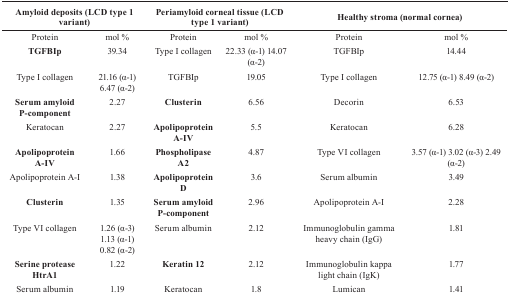
| <COLSPAN=2> Amyloid deposits (LCD type 1 variant) | <COLSPAN=2> Periamyloid corneal tissue (LCD type 1 variant) | <COLSPAN=2> Healthy stroma (normal cornea) |
 | --- | --- | --- | --- | --- | --- |
 | Protein | mol % | Protein | mol % | Protein | mol % |
 | TGFBIp | 39.34 | Type I collagen | 22.33 (α-1) 14.07 (α-2) | TGFBIp | 14.44 |
 | Type I collagen | 21.16 (α-1) 6.47 (α-2) | TGFBIp | 19.05 | Type I collagen | 12.75 (α-1) 8.49 (α-2) |
 | Serum amyloid P-component | 2.27 | Clusterin | 6.56 | Decorin | 6.53 |
 | Keratocan | 2.27 | Apolipoprotein A-IV | 5.5 | Keratocan | 6.28 |
 | Apolipoprotein A-IV | 1.66 | Phospholipase A2 | 4.87 | Type VI collagen | 3.57 (α-1) 3.02 (α-3) 2.49 (α-2) |
 | Apolipoprotein A-I | 1.38 | Apolipoprotein D | 3.6 | Serum albumin | 3.49 |
 | Clusterin | 1.35 | Serum amyloid P-component | 2.96 | Apolipoprotein A-I | 2.28 |
 | Type VI collagen | 1.26 (α-3) 1.13 (α-1) 0.82 (α-2) | Serum albumin | 2.12 | Immunoglobulin gamma heavy chain (IgG) | 1.81 |
 | Serine protease HtrA1 | 1.22 | Keratin 12 | 2.12 | Immunoglobulin kappa light chain (IgK) | 1.77 |
 | Serum albumin | 1.19 | Keratocan | 1.8 | Lumican | 1.41 |